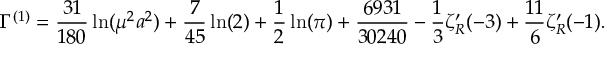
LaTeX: \Gamma ^ { ( 1 ) } = { \frac { 3 1 } { 1 8 0 } } \ln ( \mu ^ { 2 } a ^ { 2 } ) + { \frac { 7 } { 4 5 } } \ln ( 2 ) + { \frac { 1 } { 2 } } \ln ( \pi ) + { \frac { 6 9 3 1 } { 3 0 2 4 0 } } - { \frac { 1 } { 3 } } \zeta _ { R } ^ { \prime } ( - 3 ) + { \frac { 1 1 } { 6 } } \zeta _ { R } ^ { \prime } ( - 1 ) .